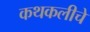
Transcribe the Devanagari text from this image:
कथकलीचे